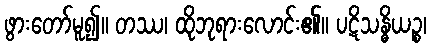
ဖွားတော်မူ၍။ တဿ၊ ထိုဘုရားလောင်း၏။ ပဋိသန္ဓိယဉ္စ၊